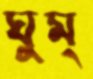
ঘুম্